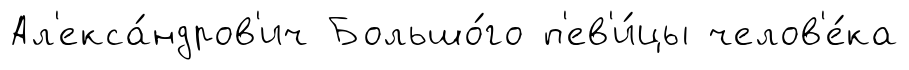
Ал'екса́ндров'ич Большо́го п'ев'и́цы челов'е́ка